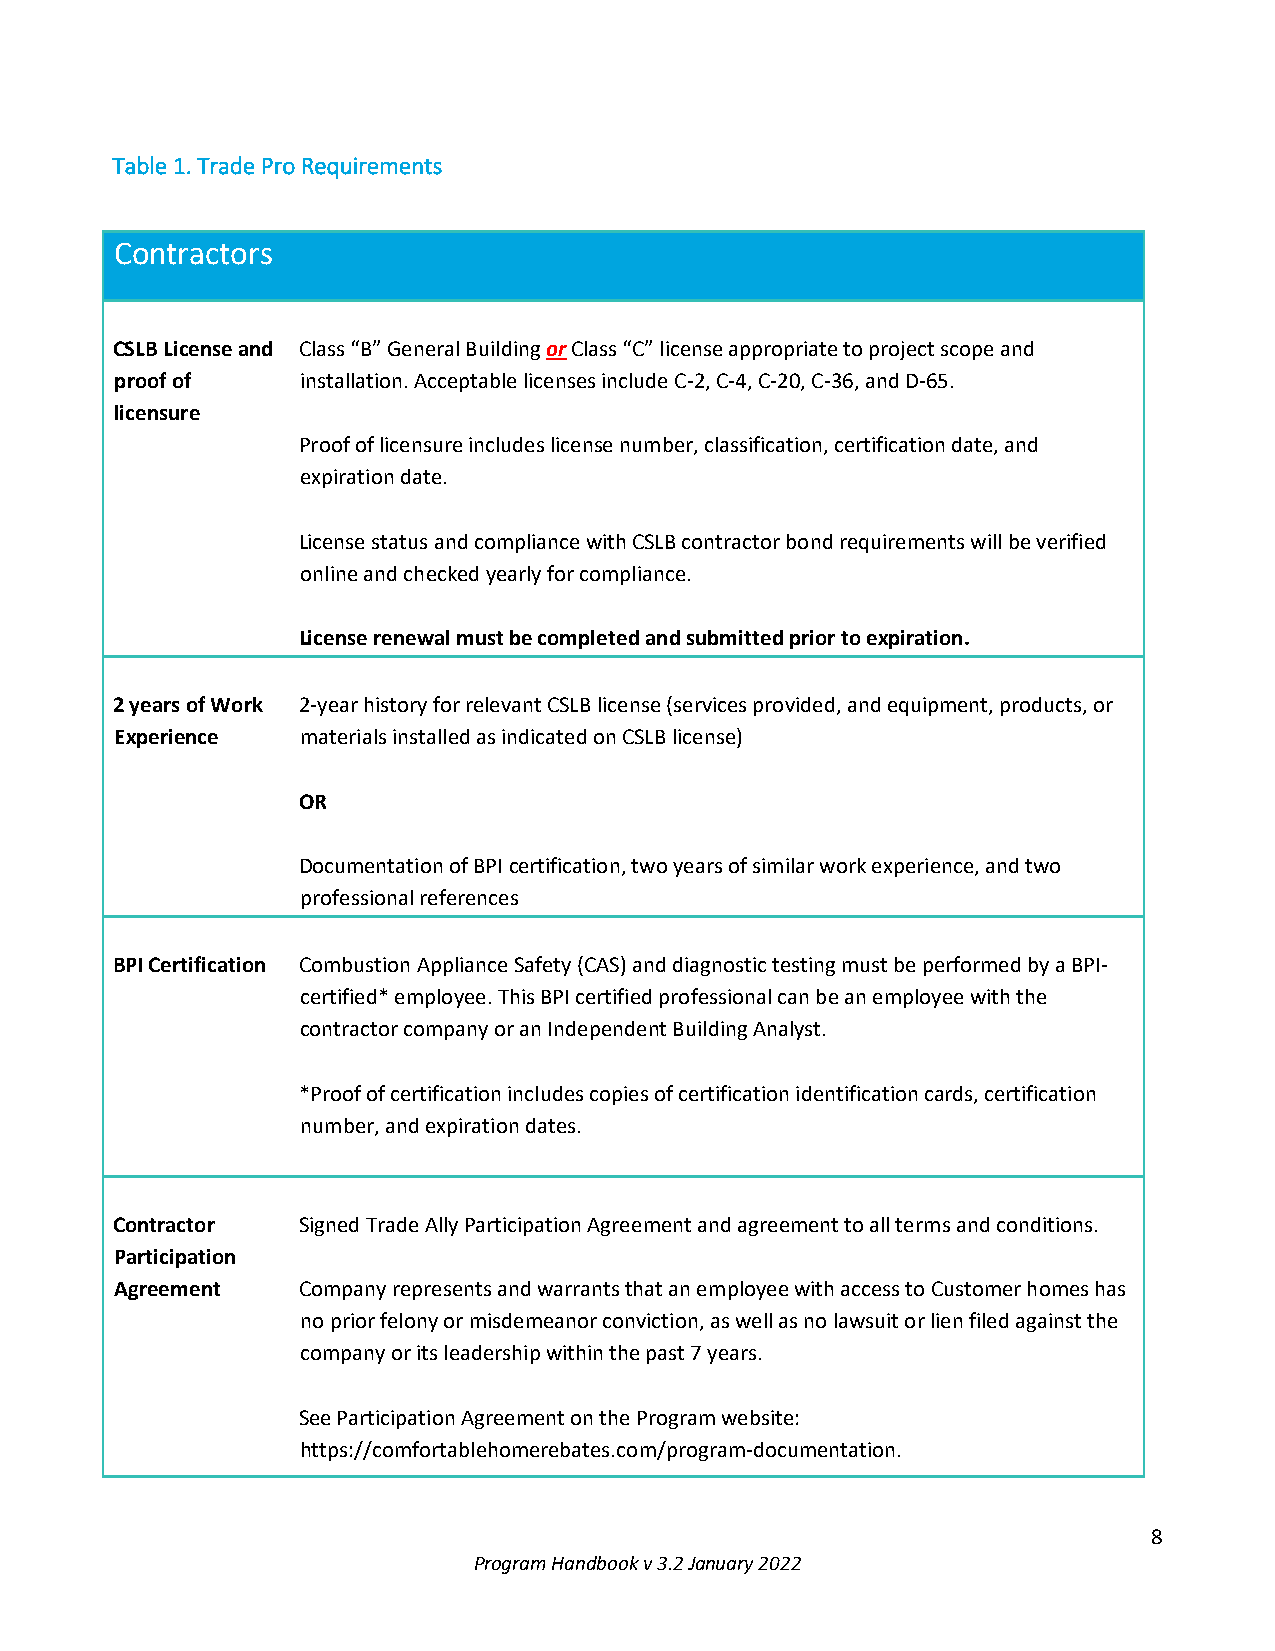
Table 1. Trade Pro Requirements
 Contractors
 CSLB License and Class “B” General Building or Class “C” license appropriate to project scope and
 proof of    installation. Acceptable licenses include C-2, C-4, C-20, C-36, and D-65.
 licensure
 Proof of licensure includes license number, classification, certification date, and
 expiration date.
 License status and compliance with CSLB contractor bond requirements will be verified
 online and checked yearly for compliance.
 License renewal must be completed and submitted prior to expiration.
 2 years of Work 2-year history for relevant CSLB license (services provided, and equipment, products, or
 Experience  materials installed as indicated on CSLB license)
 OR
 Documentation of BPI certification, two years of similar work experience, and two
 professional references
 BPI Certification Combustion Appliance Safety (CAS) and diagnostic testing must be performed by a BPI-
 certified* employee. This BPI certified professional can be an employee with the
 contractor company or an Independent Building Analyst.
 *Proof of certification includes copies of certification identification cards, certification
 number, and expiration dates.
 Contractor   Signed Trade Ally Participation Agreement and agreement to all terms and conditions.
 Participation
 Agreement   Company represents and warrants that an employee with access to Customer homes has
 no prior felony or misdemeanor conviction, as well as no lawsuit or lien filed against the
 company or its leadership within the past 7 years.
 See Participation Agreement on the Program website:
 https://comfortablehomerebates.com/program-documentation.
 8
 Program Handbook v 3.2 January 2022